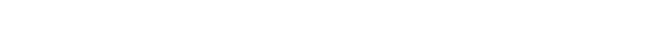
ဆိုတဲ့ ဒီအင်္ဂါ ၄-ပါး ညီညွတ်လျှင် မုသာဝါဒကံ မြောက်တယ်၊ အဲဒါဟာ သူတစ်ပါး အကျိုးကို